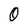
Character: 0